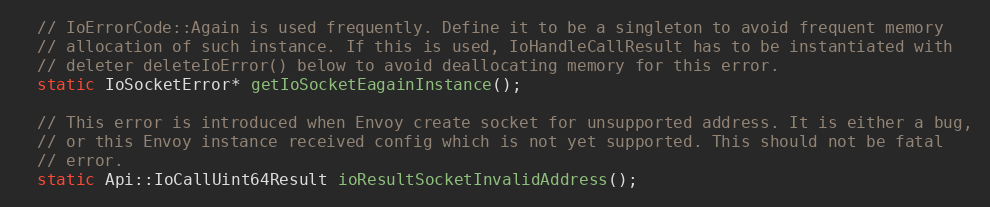
Language: C
  // IoErrorCode::Again is used frequently. Define it to be a singleton to avoid frequent memory
  // allocation of such instance. If this is used, IoHandleCallResult has to be instantiated with
  // deleter deleteIoError() below to avoid deallocating memory for this error.
  static IoSocketError* getIoSocketEagainInstance();

  // This error is introduced when Envoy create socket for unsupported address. It is either a bug,
  // or this Envoy instance received config which is not yet supported. This should not be fatal
  // error.
  static Api::IoCallUint64Result ioResultSocketInvalidAddress();